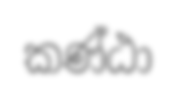
කණ්ඨා